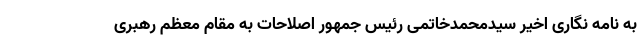
به نامه نگاری اخیر سیدمحمدخاتمی رئیس جمهور اصلاحات به مقام معظم رهبری